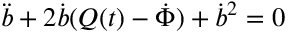
\ddot { b } + 2 \dot { b } ( Q ( t ) - \dot { \Phi } ) + \dot { b } ^ { 2 } = 0